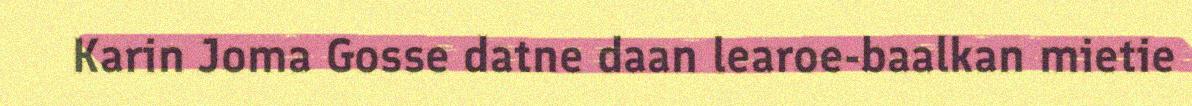
Karin Joma Gosse datne daan learoe-baalkan mietie